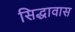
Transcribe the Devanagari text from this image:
सिद्धावास